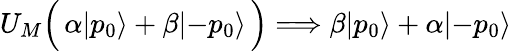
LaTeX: U_{M}\Bigl(\, \alpha|p_{0}\rangle+\beta|{-p_{0}}\rangle\, \Bigr)\Longrightarrow\beta|p_{0}\rangle+\alpha|{-p_{0}}\rangle